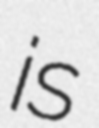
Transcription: is